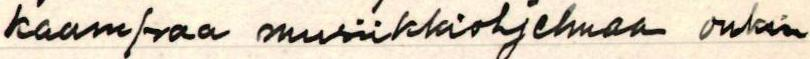
kaampaa musiikkiohjelmaa onkin